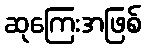
ဆုကြေးအဖြစ်